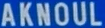
AKNOUL